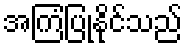
အကြံပြုနိုင်သည်